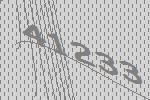
41233